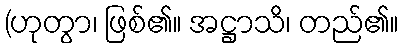
(ဟုတွာ၊ ဖြစ်၏။ အဋ္ဌာသိ၊ တည်၏။